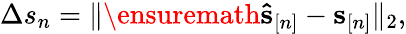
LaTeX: \begin{array}{r}{\Delta s_{n}=\| \ensuremath{\mathbf{\hat{s}}}_{[n]}-\mathbf s_{[n]}\| _{2},}\end{array}